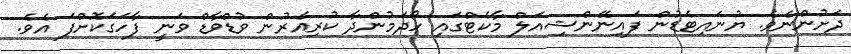
ދަށުންނެވެ. ޔުނައިޓެޑުން ފައިނޭންޝިއަލް މާކެޓްގައި ހޯދަމުންދާ ކުރިއެރުން ވުޑްވާޑް ވަނީ ފާހަގަކޮށްފަ އެވެ.